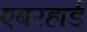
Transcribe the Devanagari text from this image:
एबरहार्ड